Medical and sanitary report of the native army of Bengal for the year
Year: 1878
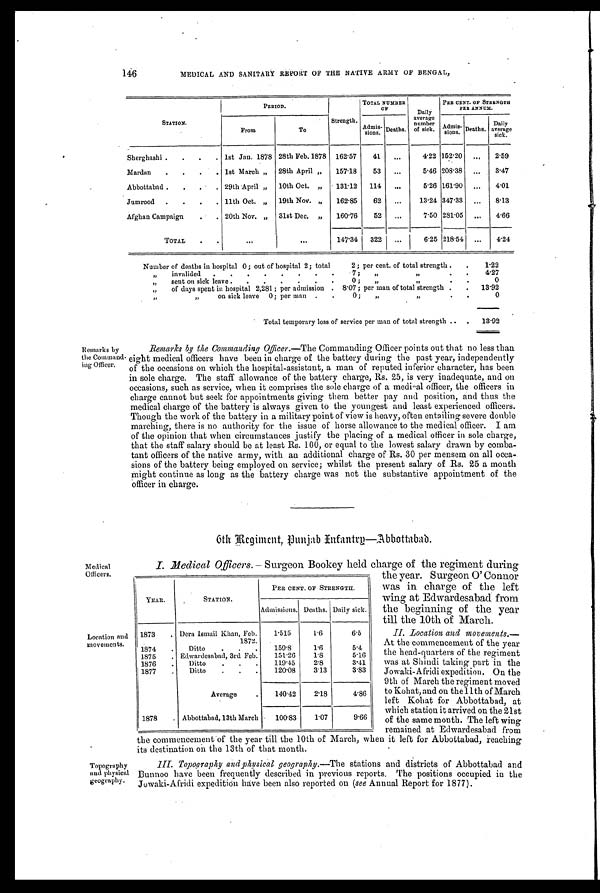
146
MEDICAL AND SANITARY REPORT OF THE NATIVE ARMY OF BENGAL,
STATION.
PERIOD.
Strength.
TOTAL NUMBER
OF
Daily
average
number
of sick.
PER CENT. OF STRENG
TH PER ANNUM.
From
To
sions. Deaths.
Admi
s-sions. Deaths.
Daily
average
sick.
Sherghashi .
.
.
. 1st Jan. 1878 28th Feb.1878 162.57
41
...
4.22 152.20
. . .
2.59
Mardan
.
.
.
. 1st March „
28th April „
157.18
53
...
5.46 208.3
. . .
3.47
Abbottabad .
.
. 29th April „
10th Oct. ,,
131.12
114
...
5.26 161.9
. . .
4.01
Jumrood
.
.
.
. 11th Oct. „
19th Nov. „
162.85
62
...
13.24 347.33
...
8.13
Afghan Campaign
. 20th Nov. ,,
31st Dec. „
160.76
52
...
7.50 281.05
...
4.66
TOTAL
.
.
...
.....
147.34
322
...
6.25 218.54
...
4.24
Number of deaths in hospital 0; out of hospital 2; total
2; per cent. of total strength .
1.22
„
invalided
.
.
.
.
.
.
.
.
7;
„
”
4.27
sent on sick leave .
„
.
.
.
.
.
.
0;
„
, ,
0
of days spent in hospital 2,281; per admission . 8.07; per man of total strength .
13.92
„
,,
,,
on sick leave 0; per man .
.
0;
„
, , . .
0
Total temporary loss of service per man of total strength ..
13.92
Remarks by
the Command
ing Officer.
Remarks by the Commanding Officer. —The Commanding Officer points out that no less than
eight medical officers have been in charge of the battery during the past year, independently
of the occasions on which the hospital-assistant, a man of reputed inferior character, has been
in sole charge. The staff allowance of the battery charge, Rs. 25, is very inadequate, and on
occasions, such as service, when it comprises the sole charge of a medical officer, the officers in
charge cannot but seek for giving
r appointments givin them better pay and position, and thus the
medical charge of the battery is always given to the youngest and least experienced officers.
Though the work of the battery in a military point of view is heavy, often entailing severe double
marching, there is no authority for the issue of horse allowance to the medical officer. I am
of the opinion that when circumstances justify the placing of a medical officer in sole charge,
that the staff salary should be at least Rs. 100, or equal to the lowest salary drawn by comba-
tant officers of the native army, with an additional charge of Rs. 30 per mensem on all occa-
sions of the battery being employed on service; whilst the present salary of Rs. 25 a month
might continue as long as the battery charge was not the substantive appointment of the
officer in charge.
6th Regiment, Punjab Infantrg—Abbottabad.
Medical
0fficers.
Location and
movements.
Topography
and physical
geography.
I. Medical Officers.— Surgeon Bookey held charge of the regiment during
the year. Surgeon O'Connor
was in charge of the left
wing at Edwardesabad from
the beginning of the year
till the 10th of March.
II. Location and movements.
— A t t h e c o m m e n c e m e n t o f t h e y e a r
the head-quarters of the regiment
was at Shindi taking part in the
Jowaki- A fridi expedition. On the
9th of March the regiment moved
to Kohat, and on the 11th of March
left Kohat for Abbottabad, at
which station it arrived on the 21st
of the same month. The left wing
remained at Edwardesabad from
the commencement of the year till the 10th of March, when it left for Abbottabad, reaching
its destination on the 13th of that month.
III. Topography and physical geography.— The stations and districts of Abbottabad and
Bunnoo have been frequently described in previous reports. The positions occupied in the
Jowaki-Afridi expedition have been also reported on (see Annual Report for 1877).
YEAR.
STATION.
PER CENT. OF STRENGTH.
Admissions. Deaths. Daily sick.
1873
Dera Ismail Khan, Feb.
1872.
1.515
1.6
6.5
1874
Ditto
159.8
1.6
5.4
1875
Edwardesabad, 3rd Feb.
151.26
1.8
5.16
1876.
Ditto
119.45
2.8
3.41
1877
Ditto
120.08
3.13
3.83
Average
140.42
2.18
4.86
1878
Abbottabad, 13th March
100.83
1.07
9.66